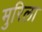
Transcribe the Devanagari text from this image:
मुरिला